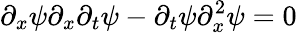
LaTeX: \partial_{x}\psi\partial_{x}\partial_{t}\psi-\partial_{t}\psi\partial_{x}^{2}\psi=0